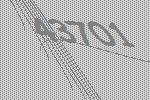
43701